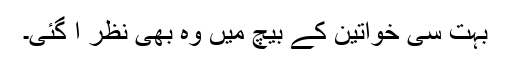
بہت سی خواتین کے بیچ میں وہ بھی نظر آ گئی۔